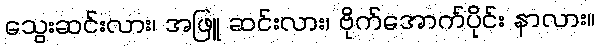
သွေးဆင်းလား၊ အဖြူ ဆင်းလား၊ ဗိုက်အောက်ပိုင်း နာလား။